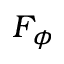
F _ { \phi }